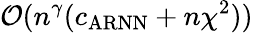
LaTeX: \mathcal{O}(n^{\gamma}(c_{\mathrm{ARNN}}+n\chi^{2}))